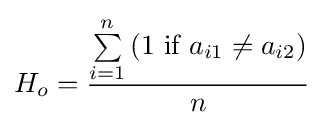
H_{o}={\frac {\sum \limits _{i=1}^{n}{(1\ {\textrm {if}}\ a_{i1}\neq a_{i2})}}{n}}